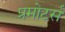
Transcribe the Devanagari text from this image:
प्रमोटर्स